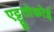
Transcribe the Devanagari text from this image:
एट्टूतोकोई